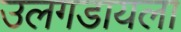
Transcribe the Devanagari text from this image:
उलगडायला